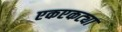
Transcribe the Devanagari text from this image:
एकएकट्या